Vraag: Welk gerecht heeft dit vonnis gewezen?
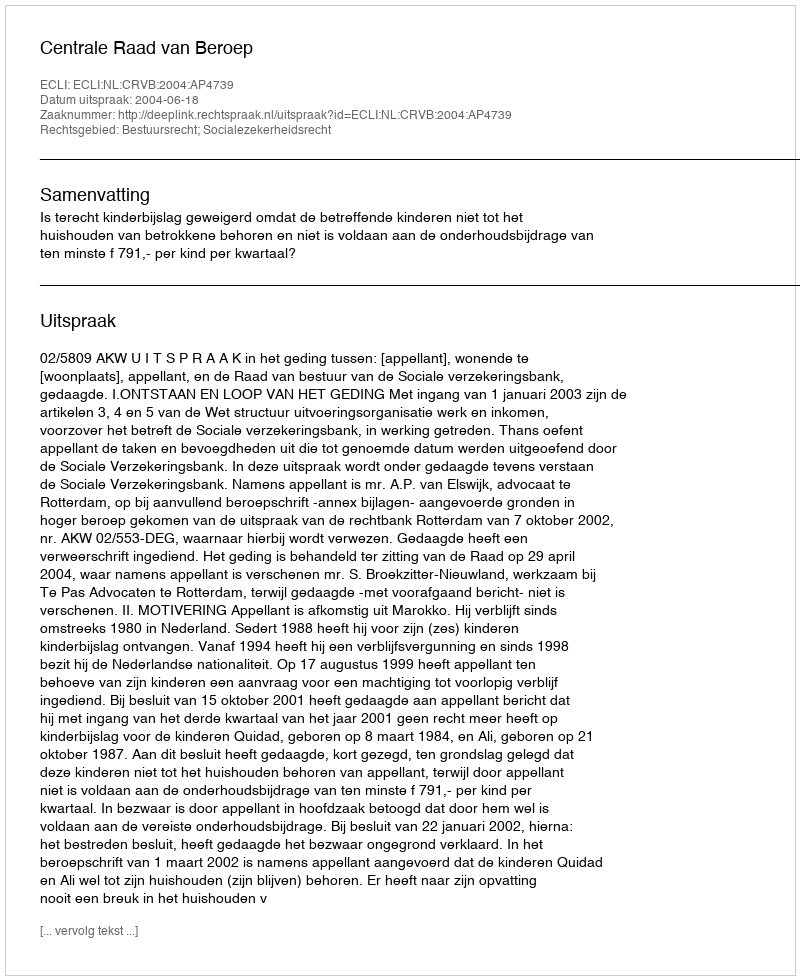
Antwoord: Centrale Raad van Beroep